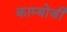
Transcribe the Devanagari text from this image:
काम्बोजी